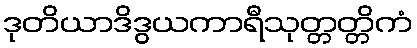
ဒုတိယာဒိဒွယကာရီသုတ္တတ္တိကံ